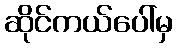
ဆိုင်ကယ်ပေါ်မှ